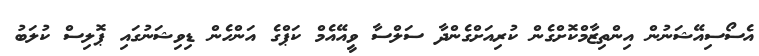
އެސޯސިއޭޝަނުން އިންތިޒާމްކޮށްގެން ކުރިއަށްގެންދާ ސަލްސާ ވީއޭއެމް ކަޕްގެ އަންހެން ޑިވިޝަނުގައި ޕޮލިސް ކުލަބު